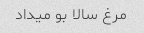
مرغ سالا بو میداد